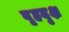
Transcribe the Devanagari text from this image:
बृ्हदृक्ष